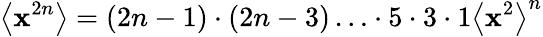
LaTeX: \left\langle\mathbf{x}^{2n}\right\rangle=(2n-1)\cdot(2n-3)\ldots\cdot5\cdot3\cdot1\left\langle\mathbf{x}^{2}\right\rangle^{n}